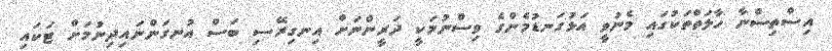
އިސްތިސްނާ ހާލަތްތަކުގައި މެނުވީ އަޅުގަނޑުމެންގެ ވިސްނުމަކީ ދަރީންނަށް އިނގިރޭސި ބަސް އުނގަންނައިދިނުމަށް ޓަކައި